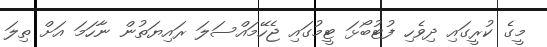
މީގެ ކުރީގައި ދިވެހި ފުޓުބޯޅަ ޓީމުގައި ޖެހޭމައްސަލަ ރައިޔަތުން ނާހަމަ އަށް ތިލަ